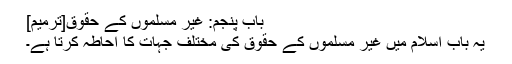
باب پنجم: غیر مسلموں کے حقوق[ترمیم]
یہ باب اسلام میں غیر مسلموں کے حقوق کی مختلف جہات کا اِحاطہ کرتا ہے۔